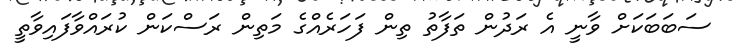
ސަބަބަކަށް ވާނީ އެ ރަދުން ތަފާތު ތިން ފަހަރެއްގެ މަތިން ރަސްކަން ކުރައްވާފައިވާތީ